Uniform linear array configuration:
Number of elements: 48
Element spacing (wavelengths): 1
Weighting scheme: blackman
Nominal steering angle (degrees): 0
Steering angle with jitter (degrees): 1.812
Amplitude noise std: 0.05
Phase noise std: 0.05

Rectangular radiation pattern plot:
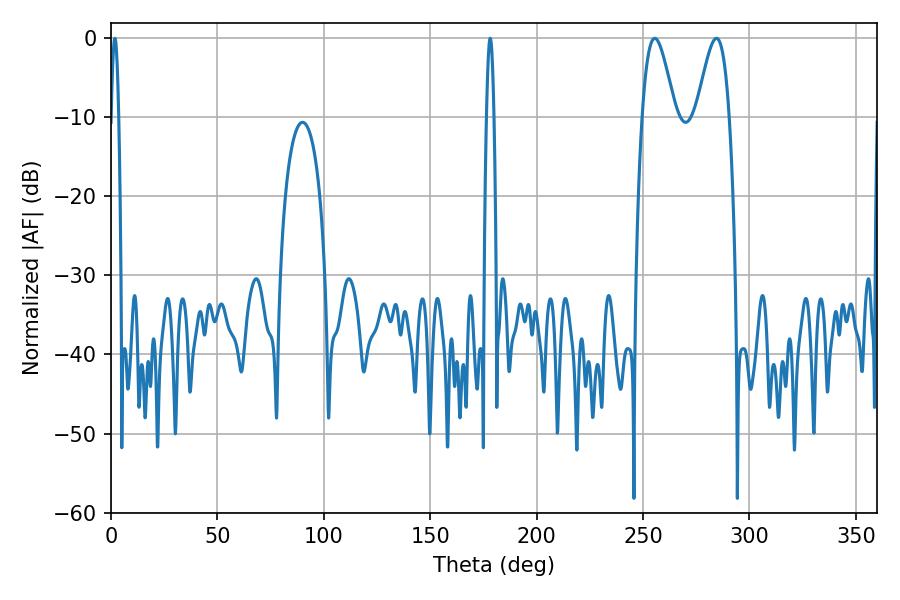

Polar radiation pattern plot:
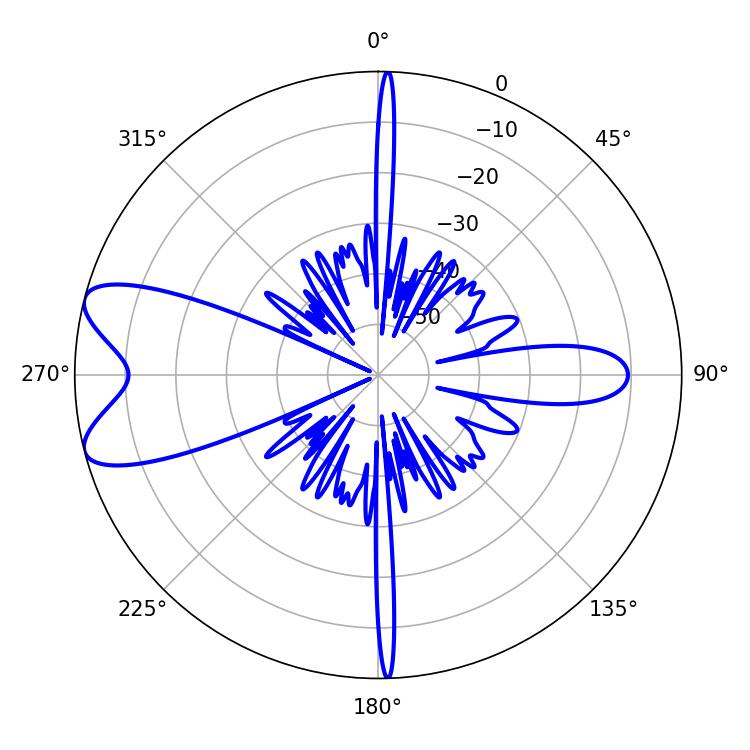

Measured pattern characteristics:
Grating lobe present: TRUE
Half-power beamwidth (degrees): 8.28
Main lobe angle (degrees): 284.58